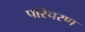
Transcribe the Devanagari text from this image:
परिचरण